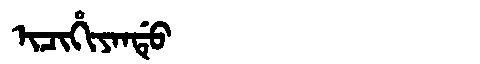
Manchu: ᡳᠴᡳᡥᡳᠶᠠᠨᡩᡠ
Romanization: ICIHIYANDU